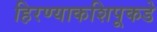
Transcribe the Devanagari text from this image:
हिरण्याकशिपूकडे